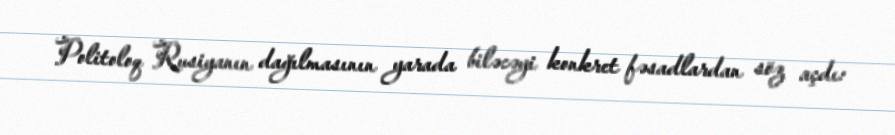
Politoloq Rusiyanın dağılmasının yarada biləcəyi konkret fəsadlardan söz açdı: